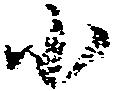
小